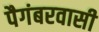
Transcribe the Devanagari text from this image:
पैगंबरवासी